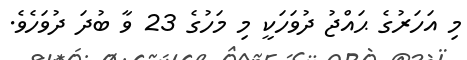
މި އަހަރުގެ ޙައްޖު ދުވަހަކީ މި މަހުގެ 23 ވާ ބުދަ ދުވަހެވެ.